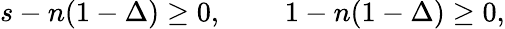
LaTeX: s-n(1-\Delta)\geq 0,\, \, \, \, \, \, \, \, \, \, \, \, \, 1-n(1-\Delta)\geq 0,